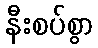
နီးစပ်စွာ